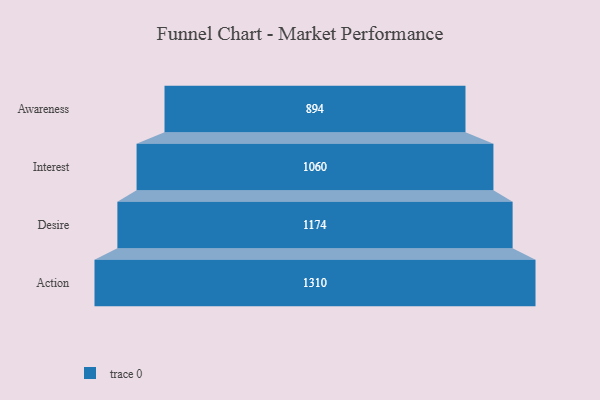
{"axis": {"x": "Stage", "y": "Value"}, "legend": [""], "data": [{"x": "Awareness", "y": 894.0, "type": ""}, {"x": "Interest", "y": 1060.0, "type": ""}, {"x": "Desire", "y": 1174.0, "type": ""}, {"x": "Action", "y": 1310.0, "type": ""}]}